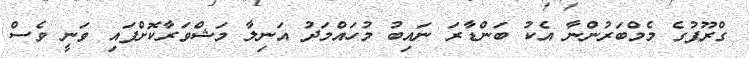
ގްރޫޕުގެ މެމްބަރުންނާ އެކު ބަންޑާރަ ނައިބު މުހައްމަދު އަނިލާ މަޝްވަރާކޮށްފައި ވަނީ ވެސް